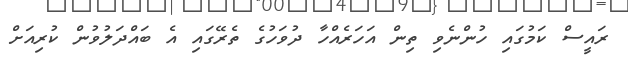
ރައީސް ކަމުގައި ހުންނެވި ތިން އަހަރެއްހާ ދުވަހުގެ ތެރޭގައި އެ ބައްދަލުވުން ކުރިއަށް